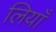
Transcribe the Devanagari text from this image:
लियाँ